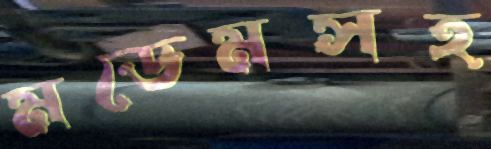
মডেমসহ